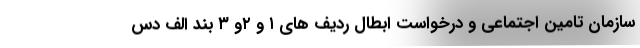
سازمان تامین اجتماعی و درخواست ابطال ردیف های ۱ و ۲و ۳ بند الف دس